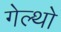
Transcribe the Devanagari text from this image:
गेल्थो